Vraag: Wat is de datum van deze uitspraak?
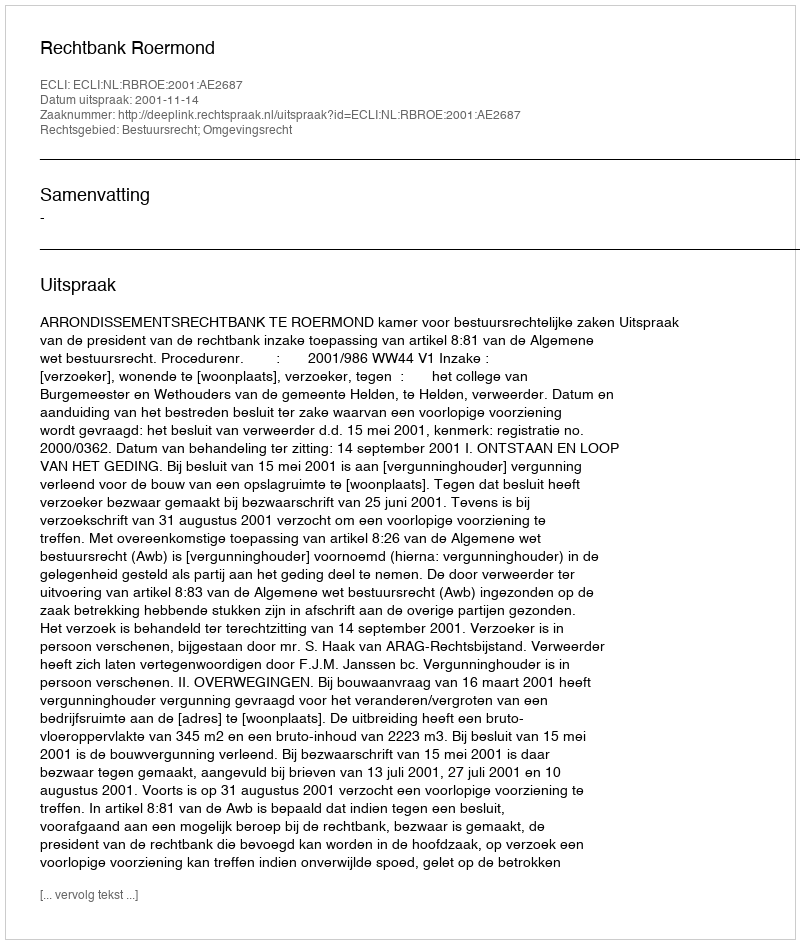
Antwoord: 2001-11-14